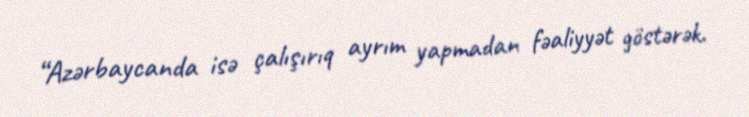
“Azərbaycanda isə çalışırıq ayrım yapmadan fəaliyyət göstərək.